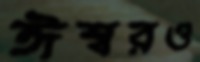
ঈশ্বরও